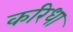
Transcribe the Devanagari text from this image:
करिधा